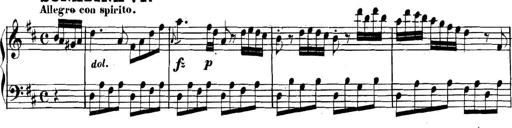
Title: Collected Piano Sonatas
Composer: Muzio Clementi